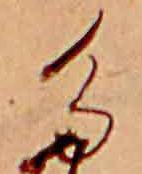
た